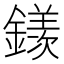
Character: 𨬢